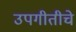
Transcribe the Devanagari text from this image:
उपगीतीचे